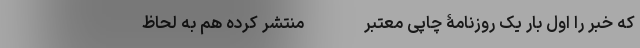
که خبر را اول بار یک روزنامۀ چاپی معتبر - - منتشر کرده هم به لحاظ